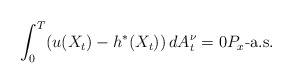
\begin{align*}\int_{0}^{T}(u(X_{t})-h^{*}(X_{t}))\,dA^{\nu}_t=0 P_{x}\mbox{-a.s.}\end{align*}